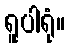
ရူပါရုံ။